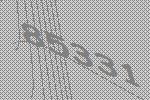
85331